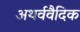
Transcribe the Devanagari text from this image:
अथर्ववैदिक